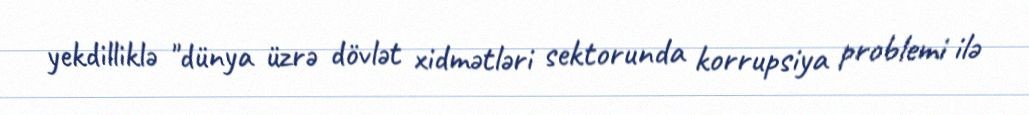
yekdilliklə "dünya üzrə dövlət xidmətləri sektorunda korrupsiya problemi ilə